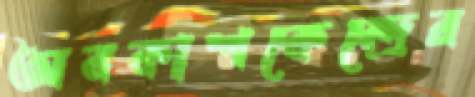
অবকাশকেন্দ্রের